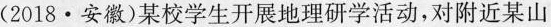
(2018·安徽)某校学生开展地理研学活动，对附近某山